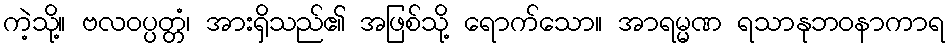
ကဲ့သို့။ ဗလဝပ္ပတ္တံ၊ အားရှိသည်၏ အဖြစ်သို့ ရောက်သော။ အာရမ္မဏ ရသာနုဘဝနာကာရ